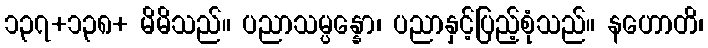
၁၃၇+၁၃၈+ မိမိသည်။ ပညာသမ္ပန္နော၊ ပညာနှင့်ပြည့်စုံသည်။ နဟောတိ၊